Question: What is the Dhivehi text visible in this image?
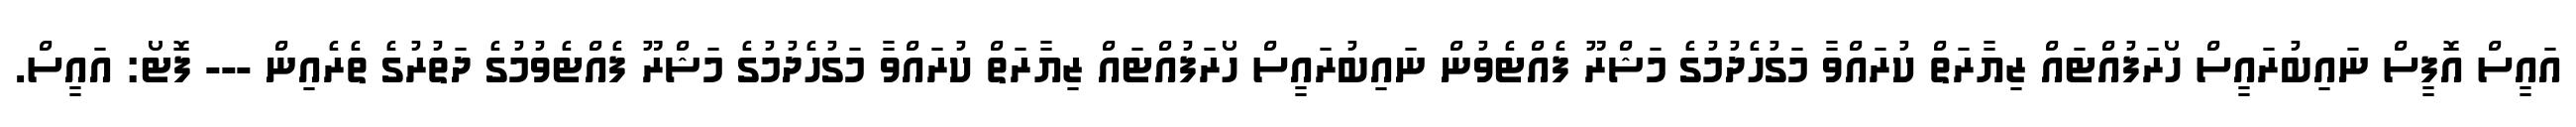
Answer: އައީސް އޮފީސް ނައިބުރައީސް ހޯރަފުއްޓައް ޒިޔާރަތް ކުރައްވާ މަގުހެދުމުގެ މަޝްރޫ ފެއްޓެވުން ނައިބުރައީސް ހޯރަފުއްޓައް ޒިޔާރަތް ކުރައްވާ މަގުހެދުމުގެ މަޝްރޫ ފެއްޓެވުމުގެ ދަތުރުގެ ތެރެއިން --- ފޮޓޯ: އައީސް.